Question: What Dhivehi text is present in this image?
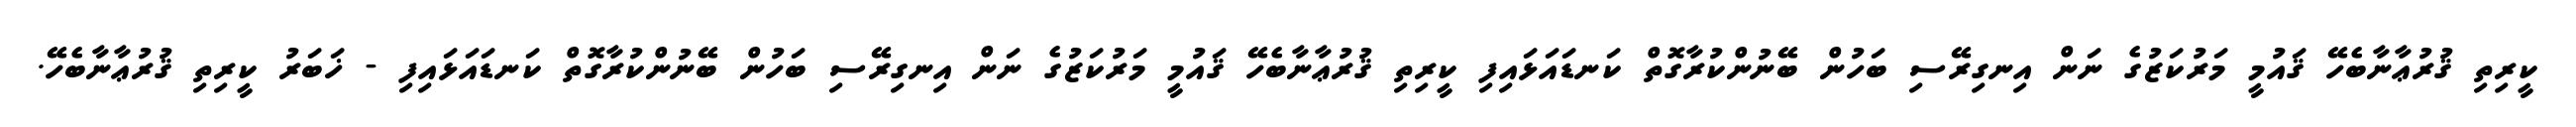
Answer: ކީރިތި ޤުރުޢާނާބެހޭ ޤައުމީ މަރުކަޒުގެ ނަން އިނގިރޭސި ބަހުން ބޭނުންކުރާގޮތް ކަނޑައަޅައިފި ކީރިތި ޤުރުޢާނާބެހޭ ޤައުމީ މަރުކަޒުގެ ނަން އިނގިރޭސި ބަހުން ބޭނުންކުރާގޮތް ކަނޑައަޅައިފި - ޚަބަރު ކީރިތި ޤުރުޢާނާބެހޭ.